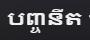
បញ្ចនីត